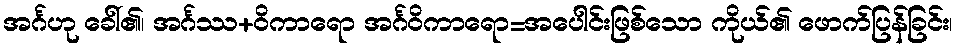
အင်္ဂဟု ခေါ်၏၊ အင်္ဂဿ+ဝိကာရော အင်္ဂဝိကာရော=အပေါင်းဖြစ်သော ကိုယ်၏ ဖောက်ပြန်ခြင်း၊